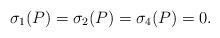
LaTeX: \begin{align*}\sigma_1(P)=\sigma_2(P)=\sigma_4(P)=0.\end{align*}